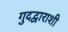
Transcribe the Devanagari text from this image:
गुदद्वाराशी